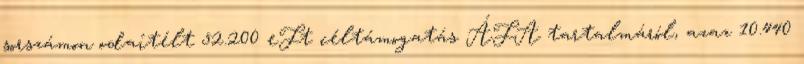
sorszámon odaítélt 52.200 eFt céltámogatás ÁFA tartalmáról, azaz 10.440